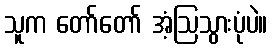
သူက တော်တော် အံ့ဩသွားပုံပဲ။